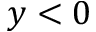
y < 0